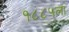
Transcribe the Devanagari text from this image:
१८८५ला